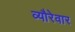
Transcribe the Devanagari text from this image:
व्यौरेवार